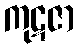
ကုဋဇာ